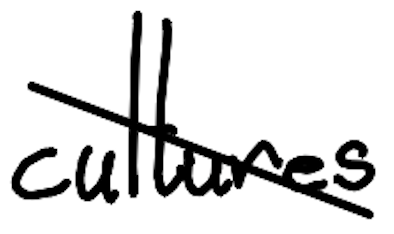
Text: cultures
Cross-out: diagonal
Writing tool: digital_black